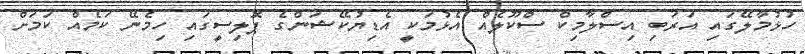
ހުޅުމާލޭގައި އަރަބި އިސްލާމިކް ސްކޫލެއް އެޅުމަކީ އެޑިޔުކޭޝަންގެ ޕޮލިސީގައި ހިމެނޭ ކަމެއް ކަމަށް